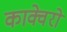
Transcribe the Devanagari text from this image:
काक्वेरो